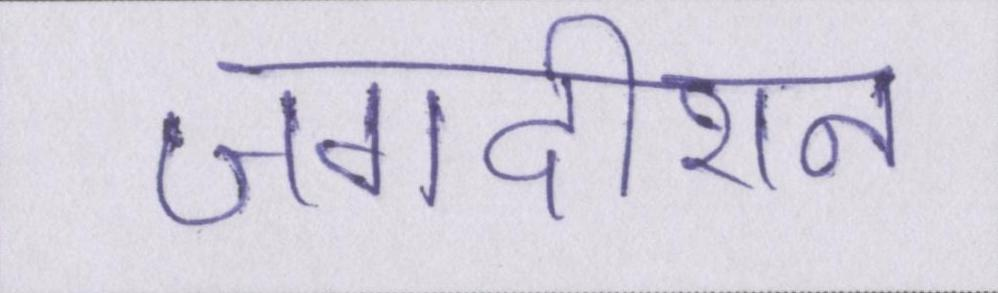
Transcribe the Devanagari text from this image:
जगदीशन